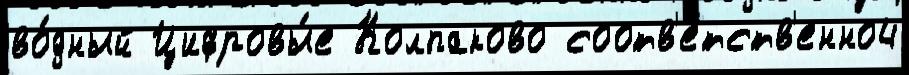
во́дный Цифровы́е Колпаково соотв'етств'енно4